Civil Veterinary Dept. North-West Frontier Province 1901-22 - 1901-1922
Year: 1901
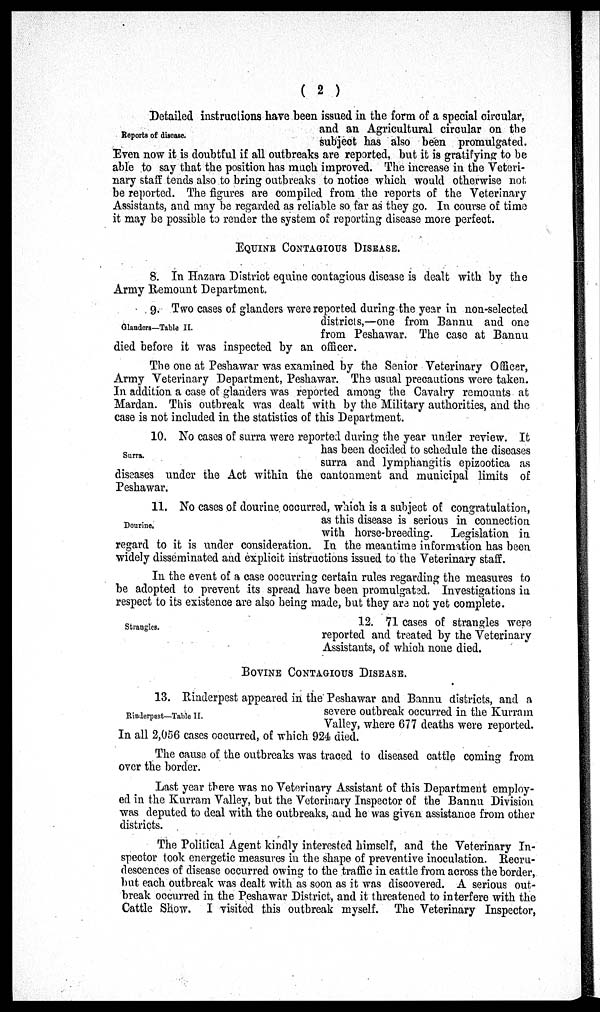
( 2 )
Reports of disease.
Detailed instructions have been issued in the form of a special circular,
and an Agricultural circular on the
subject has also been promulgated.
Even now it is doubtful if all outbreaks are reported, but it is gratifying to be
able to say that the position has much improved. The increase in the Veteri-
nary staff tends also to bring outbreaks to notice which would otherwise not
be reported. The figures are compiled from the reports of the Veterinary
Assistants, and may be regarded as reliable so far as they go. In course of time
it may be possible to render the system of reporting disease more perfect.
EQUINE CONTAGIOUS DISEASE.
8. In Hazara District equine contagious disease is dealt with by the
Army Remount Department.
Glanders—Table II.
9. Two cases of glanders were reported during the year in non-selected
districts,—one from Bannu and one
from Peshawar. The case at Bannu
died before it was inspected by an officer.
The one at Peshawar was examined by the Senior Veterinary Officer,
Army Veterinary Department, Peshawar. The usual precautions were taken.
In addition a case of glanders was reported among the Cavalry remounts at
Mardan. This outbreak was dealt with by the Military authorities, and the
case is not included in the statistics of this Department.
Surra.
10. No cases of surra were reported during the year under review. It
has been decided to schedule the diseases
surra and lymphangitis epizootica as
diseases under the Act within the cantonment and municipal limits of
Peshawar.
Dourine.
11. No cases of dourine occurred, which is a subject of congratulation,
as this disease is serious in connection
with horse-breeding.
Legislation in
regard to it is under consideration. In the meantime information has been
widely disseminated and explicit instructions issued to the Veterinary staff.
In the event of a case occurring certain rules regarding the measures to
be adopted to prevent its spread have been promulgated. Investigations in
respect to its existence are also being made, but they are not yet complete.
Strangles.
12. 71 cases of strangles were
reported and treated by the Veterinary
Assistants, of which none died.
BOVINE CONTAGIOUS DISEASE.
Rinderpest—Table II.
13. Rinderpest appeared in the Peshawar and Bannu districts, and a
severe outbreak occurred in the Kurram
Valley, where 677 deaths were reported.
In all 2,056 cases occurred, of which 924 died.
The cause of the outbreaks was traced to diseased cattle coming from
over the border.
Last year there was no Veterinary Assistant of this Department employ-
ed in the Kurram Valley, but the Veterinary Inspector of the Bannu Division
was deputed to deal with the outbreaks, and he was given assistance from other
districts.
The Political Agent kindly interested himself, and the Veterinary In-
spector took energetic measures in the shape of preventive inoculation. Recru-
descences of disease occurred owing to the traffic in cattle from across the border,
but each outbreak was dealt with as soon as it was discovered. A serious out-
break occurred in the Peshawar District, and it threatened to interfere with the
Cattle Show. I visited this outbreak myself. The Veterinary Inspector,